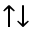
\uparrow \downarrow